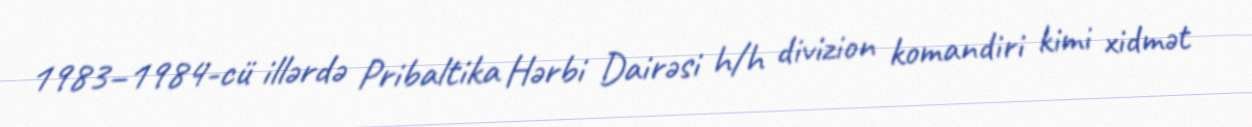
1983–1984-cü illərdə Pribaltika Hərbi Dairəsi h/h divizion komandiri kimi xidmət